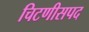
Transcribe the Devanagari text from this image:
चिटणीसपद